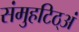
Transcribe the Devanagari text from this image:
संमुहटिठ्‌अं